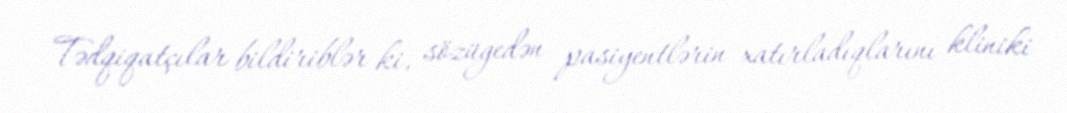
Tədqiqatçılar bildiriblər ki, sözügedən pasiyentlərin xatırladıqlarını kliniki